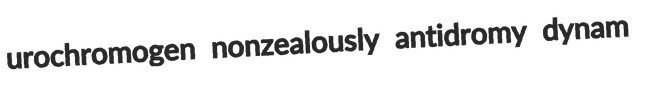
urochromogen nonzealously antidromy dynam